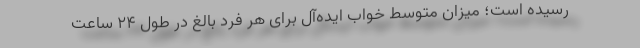
رسیده است؛ میزان متوسط خواب ایده‌آل برای هر فرد بالغ در طول ۲۴ ساعت